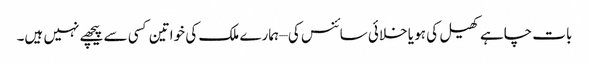
بات چاہے کھیل کی ہو یا خلائی سائنس کی – ہمارے ملک کی خواتین کسی سے پیچھے نہیں ہیں۔